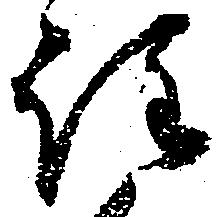
注